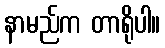
နာမည်က တာရိုပါ။